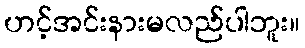
ဟင့်အင်းနားမလည်ပါဘူး။